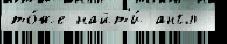
то́же найт'и́ англ